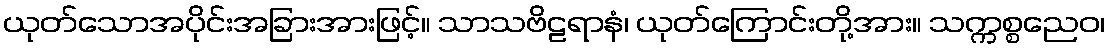
ယုတ်သောအပိုင်းအခြားအားဖြင့်။ သာသဗိဠရာနံ၊ ယုတ်ကြောင်းတို့အား။ သက္ကစ္စညေဝ၊